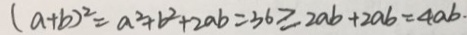
( a + b ) ^ { 2 } = a ^ { 2 } + b ^ { 2 } + 2 a b = 3 6 \geq 2 a b + 2 a b = 4 a b .